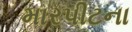
મારપીટના